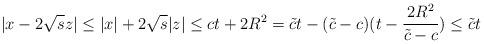
LaTeX: \begin{align*}|x-2\sqrt{s}z| \leq |x|+ 2\sqrt{s}|z|\leq ct +2R^{2} = \tilde{c}t -(\tilde{c}-c)(t-\frac{2R^{2}}{\tilde{c}-c} ) \leq \tilde{c}t\end{align*}